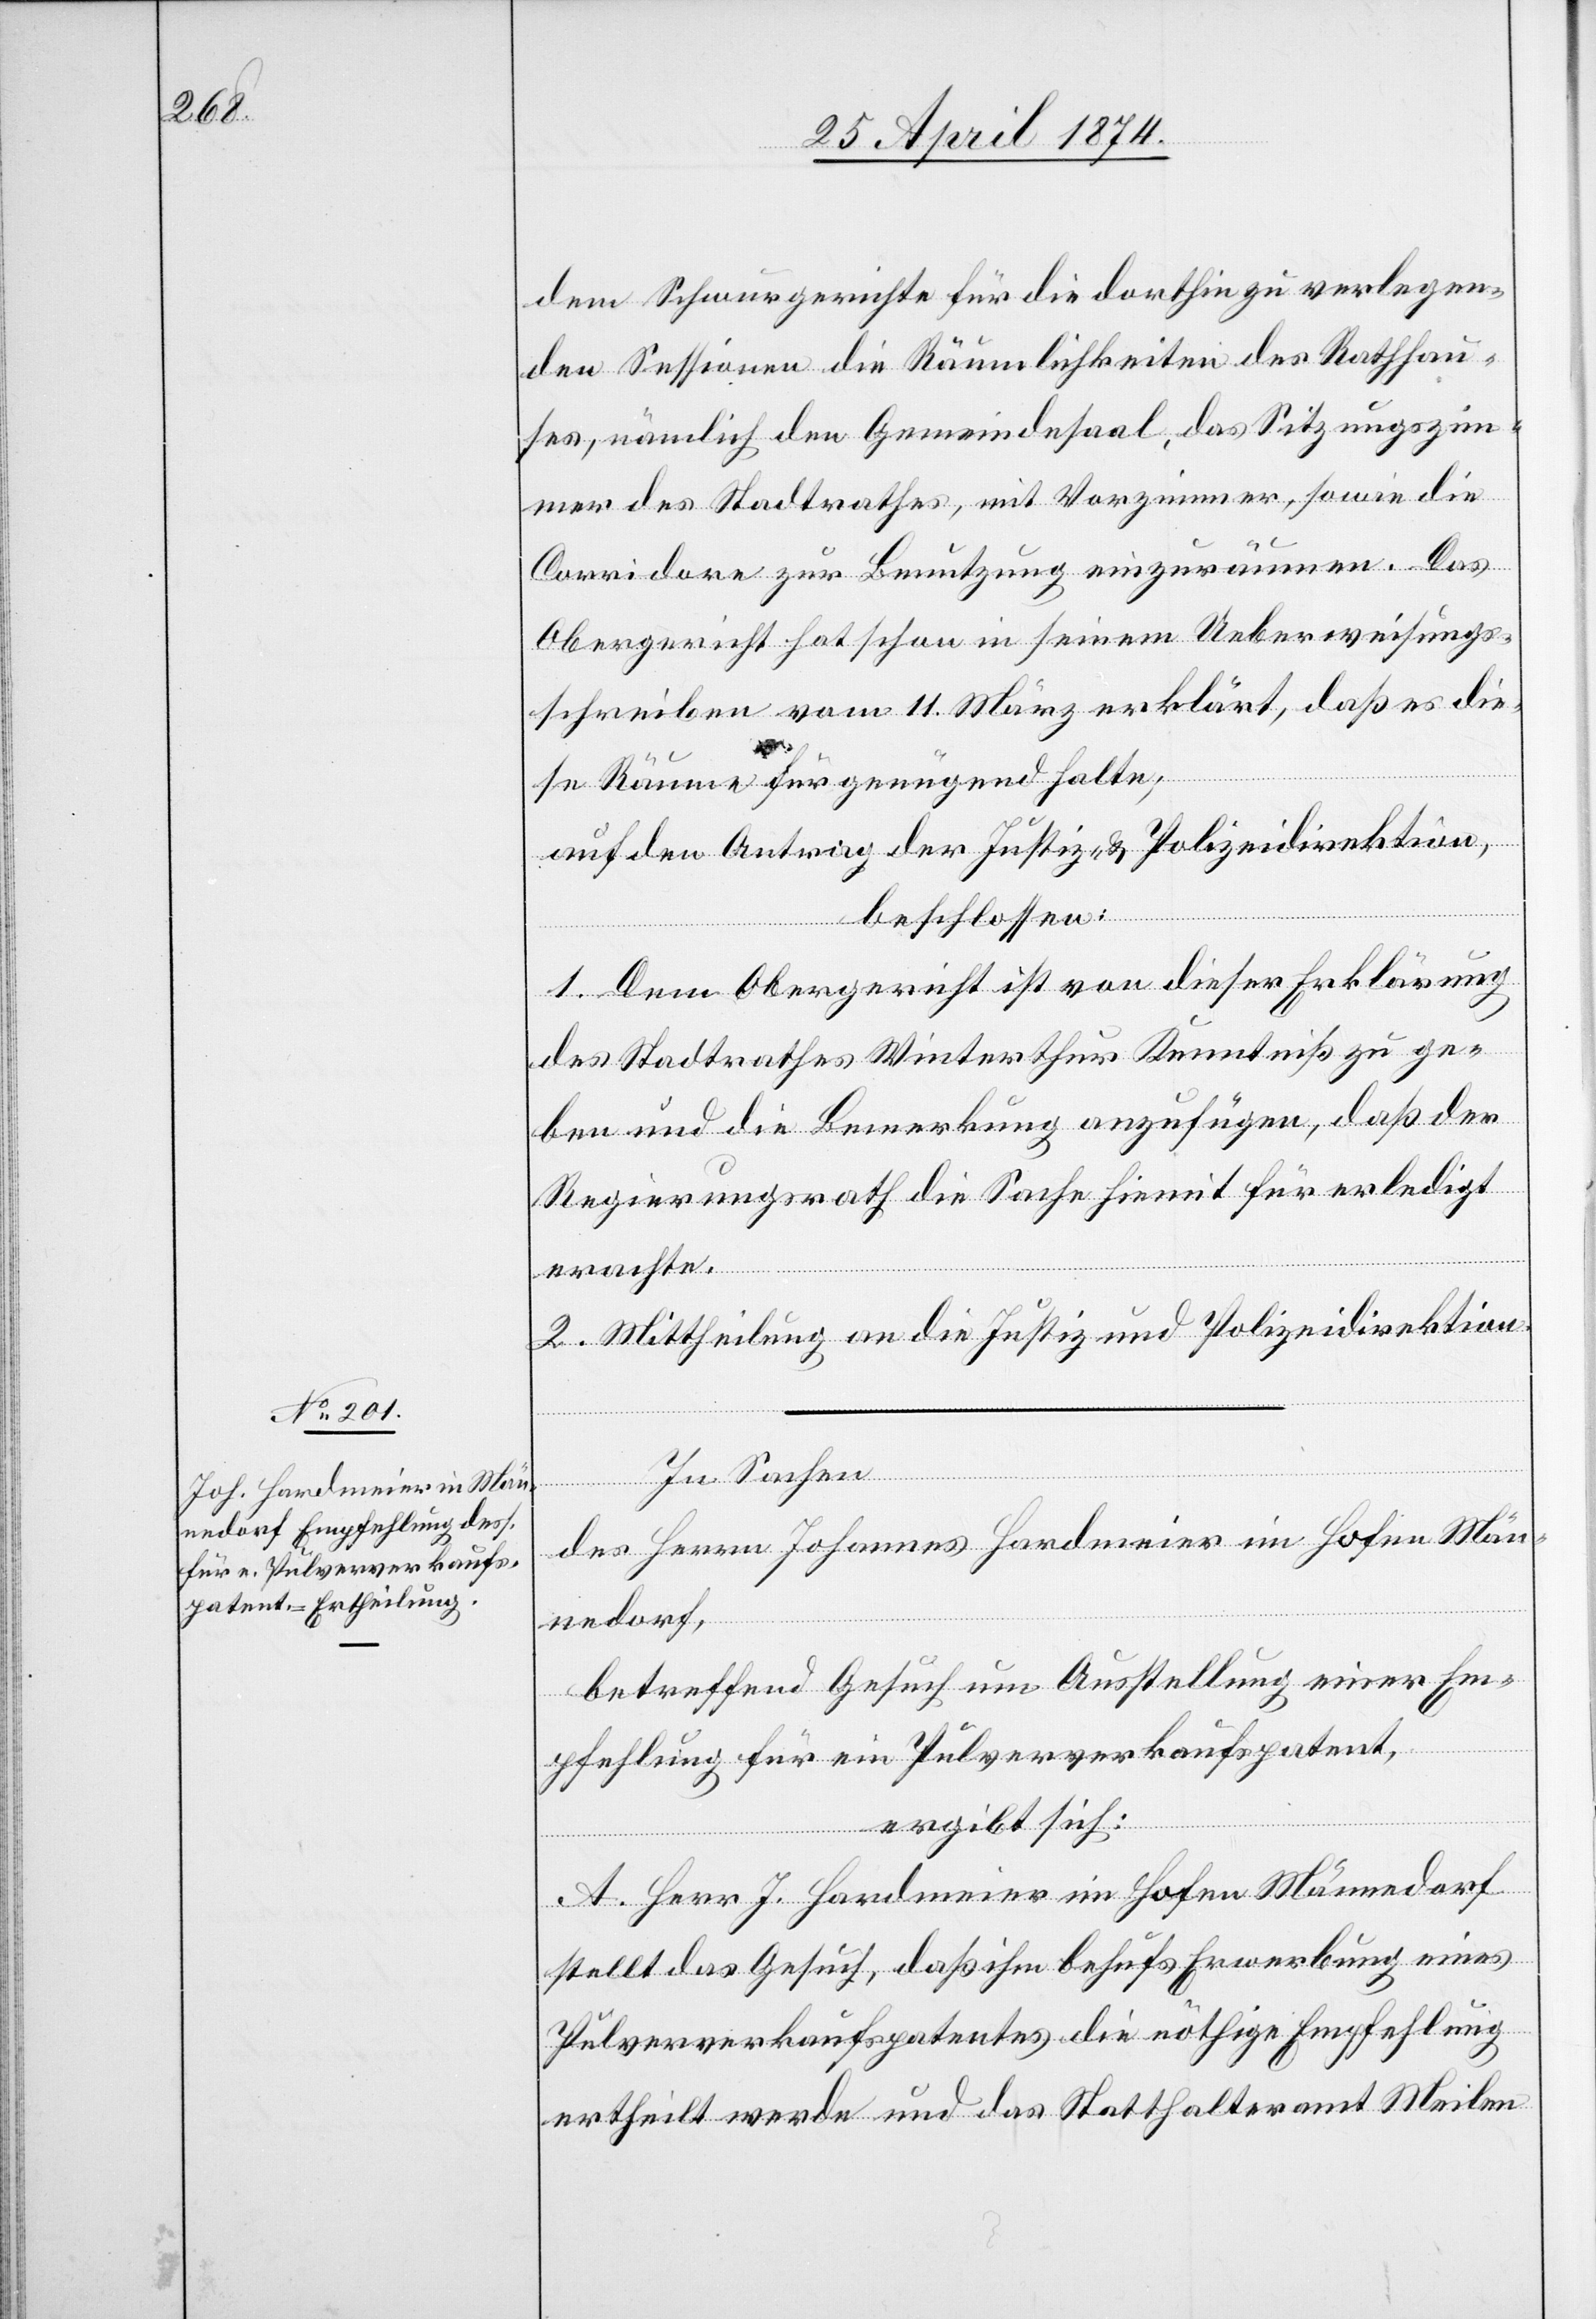
dem Schwurgerichte für die dorthin zu verlegen¬
den Sessionen die Räumlichkeiten des Rathhau¬
ses, nämlich den Gemeindesaal, das Sitzungszim¬
mer des Stadtrathes, mit Vorzimmer, sowie die
Corridore zur Benutzung einzuräumen. Das
Obergericht hat schon in seinem Ueberweisungs¬
schreiben vom 11. März erklärt, daß es die¬
se Räume für genügend halte;
auf den Antrag der Justiz- u. Polizeidirektion,
beschlossen:
1. Dem Obergericht ist von dieser Erklärung
des Stadtrathes Winterthur Kenntniß zu ge¬
ben und die Bemerkung anzufügen, daß der
Regierungsrath die Sache hiemit für erledigt
erachte.
2. Mittheilung an die Justiz und Polizeidirektion.
In Sachen
des Herrn Johannes Hardmeier im Hofen Män¬
nedorf,
betreffend Gesuch um Ausstellung einer Em¬
pfehlung für ein Pulververkaufspatent,
ergibt sich:
A. Herr J. Hardmeier im Hofen Männedorf
stellt das Gesuch, daß ihm behufs Erwerbung eines
Pulververkaufspatentes die nöthige Empfehlung
ertheilt werde und das Statthalteramt Meilen